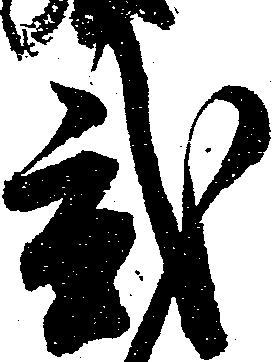
弐